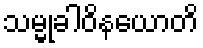
သမ္မုခါဝိနယောတိ